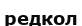
редкол